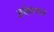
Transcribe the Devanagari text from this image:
अर्थमण्डप